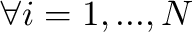
\forall i = 1 , . . . , N